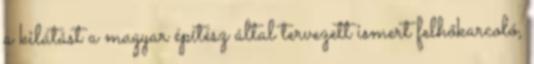
a kilátást a magyar építész által tervezett ismert felhőkarcoló,